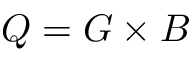
Q = G \times B